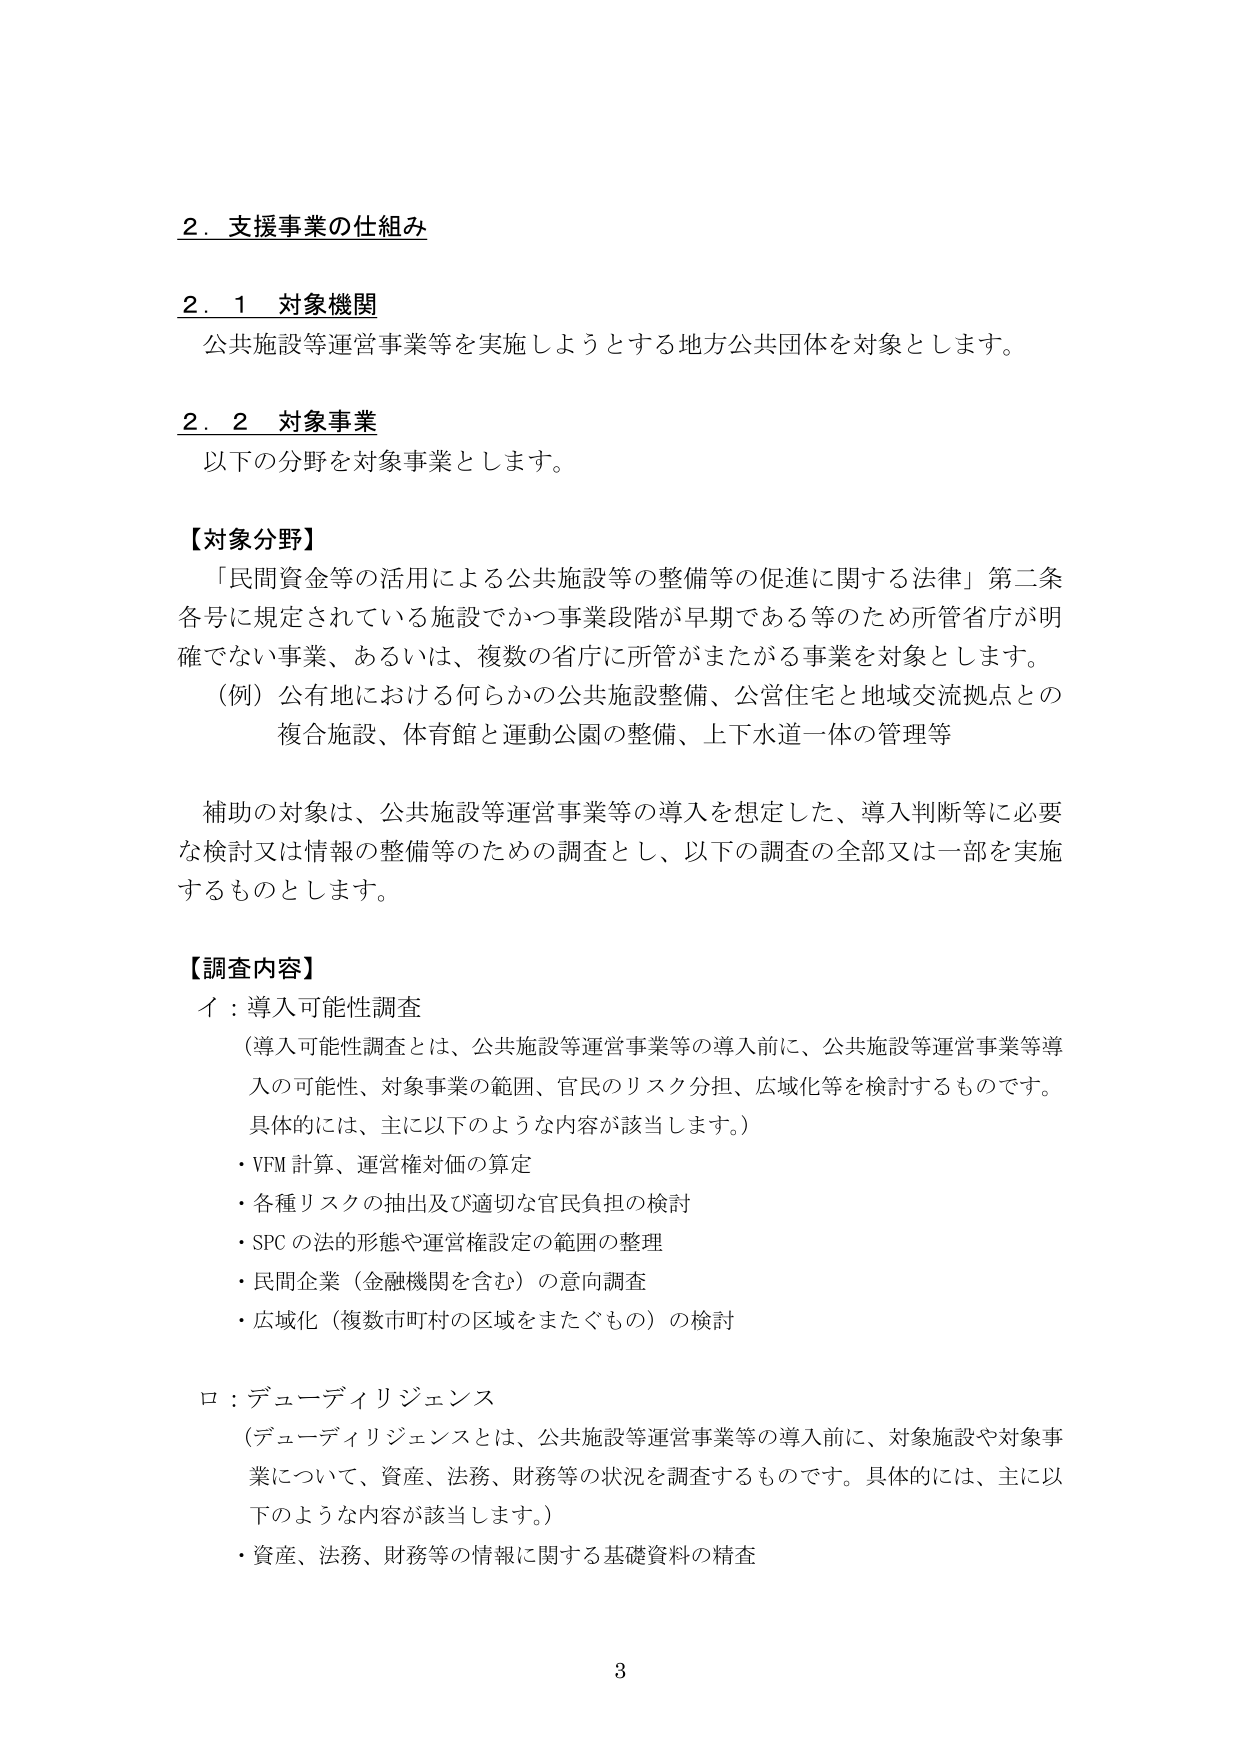
2．支援事業の仕組み

2．1 対象機関
公共施設等運営事業等を実施しようとする地方公共団体を対象とします。

2．2 対象事業
以下の分野を対象事業とします。

【対象分野】
「民間資金等の活用による公共施設等の整備等の促進に関する法律」第二条各号に規定されている施設でかつ事業段階が早期である等のため所管省庁が明確でない事業、あるいは、複数の省庁に所管がまたがる事業を対象とします。
（例）公有地における何らかの公共施設整備、公営住宅と地域交流拠点との複合施設、体育館と運動公園の整備、上下水道一体の管理等

補助の対象は、公共施設等運営事業等の導入を想定した、導入判断等に必要な検討又は情報の整備等のための調査とし、以下の調査の全部又は一部を実施するものとします。

【調査内容】
イ：導入可能性調査
（導入可能性調査とは、公共施設等運営事業等の導入前に、公共施設等運営事業等導入の可能性、対象事業の範囲、官民のリスク分担、広域化等を検討するものです。具体的には、主に以下のような内容が該当します。）
・VFM 計算、運営権対価の算定
・各種リスクの抽出及び適切な官民負担の検討
・SPC の法的形態や運営権設定の範囲の整理
・民間企業（金融機関を含む）の意向調査
・広域化（複数市町村の区域をまたぐもの）の検討

ロ：デューディリジェンス
（デューディリジェンスとは、公共施設等運営事業等の導入前に、対象施設や対象事業について、資産、法務、財務等の状況を調査するものです。具体的には、主に以下のような内容が該当します。）
・資産、法務、財務等の情報に関する基礎資料の精査

3